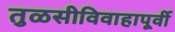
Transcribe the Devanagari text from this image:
तुळसीविवाहापूर्वी